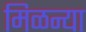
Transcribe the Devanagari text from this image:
मिळन्या